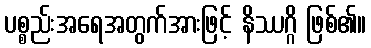
ပစ္စည်းအရေအတွက်အားဖြင့် နိဿဂ္ဂိ ဖြစ်၏။